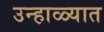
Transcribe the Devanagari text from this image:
उन्‍हाळ्यात